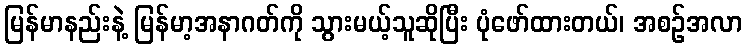
မြန်မာနည်းနဲ့ မြန်မာ့အနာဂတ်ကို သွားမယ့်သူဆိုပြီး ပုံဖော်ထားတယ်၊ အစဉ်အလာ